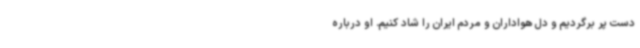
دست پر برگردیم و دل هواداران و مردم ایران را شاد کنیم. او درباره